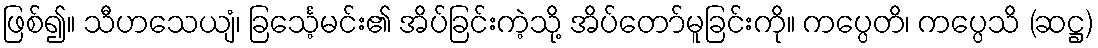
ဖြစ်၍။ သီဟသေယျံ၊ ခြင်္သေ့မင်း၏ အိပ်ခြင်းကဲ့သို့ အိပ်တော်မူခြင်းကို။ ကပ္ပေတိ၊ ကပ္ပေသိ (ဆဋ္ဌ)